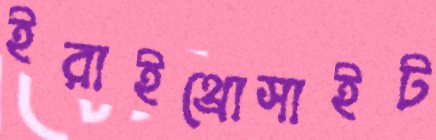
ইরাইথ্রোসাইট